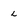
Character: l